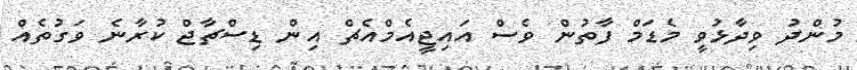
މުންދު ވިދާޅުވީ މެޑަމް ފާތުން ވެސް އައިޖީއެމްއެޗް އިން ޑިސްޗާޖް ކުރާނެ ވަގުތެއް